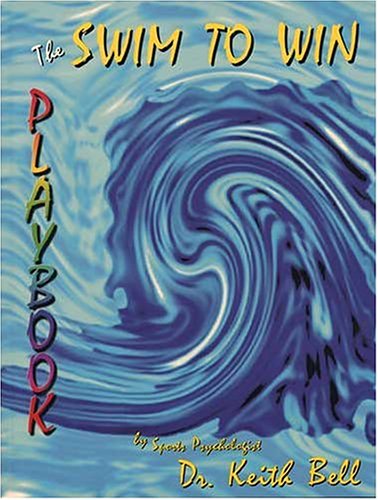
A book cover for The Swim to Win Playbook; Keith F. Bell; Health, Fitness & Dieting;